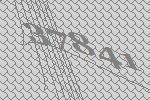
37841